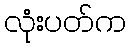
လုံးပတ်က